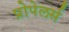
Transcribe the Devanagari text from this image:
प्रोपेलर्स